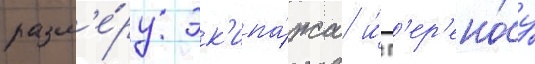
разм'е́ру эк'ипа́жа и́ п'ер'ено́су